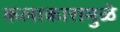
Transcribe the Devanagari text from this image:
कलाकारामुळे